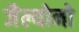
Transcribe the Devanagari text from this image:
जैल्योनो